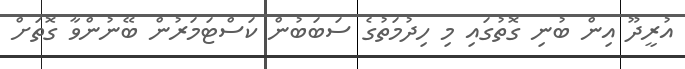
އުރީދޫ އިން ބުނި ގޮތުގައި މި ހިދުމަތުގެ ސަބަބުން ކަސްޓަމަރުން ބޭނުންވާ ގޮތަށް